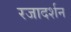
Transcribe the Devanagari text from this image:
रजादर्शन